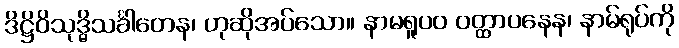
ဒိဋ္ဌိဝိသုဒ္ဓိသင်္ခါတေန၊ ဟုဆိုအပ်သော။ နာမရူပဝ ဝတ္ထာပနေန၊ နာမ်ရုပ်ကို